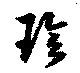
珍